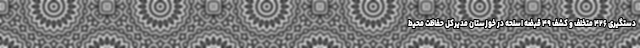
دستگیری ۴۲۶ متخلف و کشف ۴۹ قبضه اسلحه در خوزستان مدیرکل حفاظت محیط‌